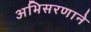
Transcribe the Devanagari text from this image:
अभिसरणाने